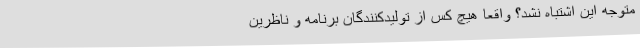
متوجه این اشتباه نشد؟ واقعا هیچ کس از تولیدکنندگان برنامه و ناظرین